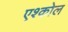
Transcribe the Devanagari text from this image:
एश्कोल